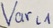
Text: Varl